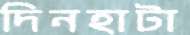
দিনহাটা